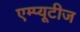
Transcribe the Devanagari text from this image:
एम्प्यूटीज